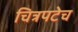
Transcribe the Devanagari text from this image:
चित्रपटेच